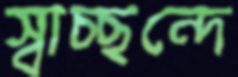
স্বাচ্ছন্দে